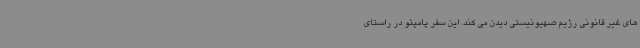
های غیر قانونی رژیم صهیونیستی دیدن می کند. این سفر پامپئو در راستای